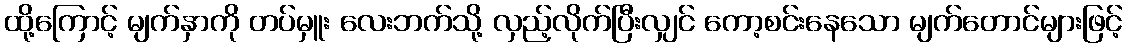
ထို့ကြောင့် မျက်နှာကို တပ်မှူး လေးဘက်သို့ လှည့်လိုက်ပြီးလျှင် ကော့စင်းနေသော မျက်တောင်များဖြင့်